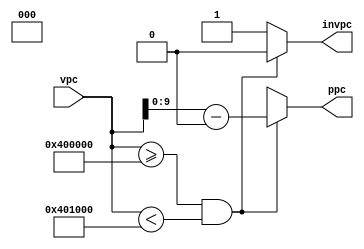
module pcdecoder(
    input [31:0] vpc,
    output reg[9:0] ppc,
    output reg invpc
);

parameter [31:0] startp=32'h400000 ;
parameter [31:0] endp=32'h401000 ;
reg [31:0] temp;

always @(*)
begin
    if(vpc[31:0]>=startp 
    & vpc[31:0]<endp)begin
	    temp = vpc - startp;
            ppc = temp;
	    invpc = 1'b0;
    end else begin
        invpc = 1'b1;
        ppc = 7'dx;
    end
end
endmodule